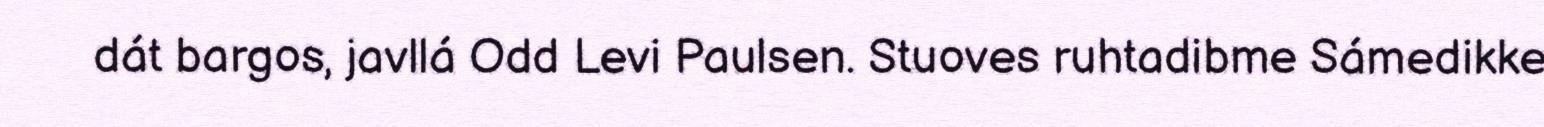
dát bargos, javllá Odd Levi Paulsen. Stuoves ruhtadibme Sámedikke